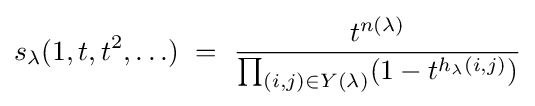
s_{\lambda }(1,t,t^{2},\ldots )\ =\ {\frac {t^{n\left(\lambda \right)}}{\prod _{(i,j)\in Y(\lambda )}(1-t^{h_{\lambda }(i,j)})}}